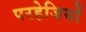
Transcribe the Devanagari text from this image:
परहेजियों